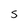
Character: S